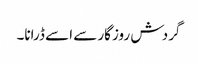
گردش روزگار سے اسے ڈرانا۔